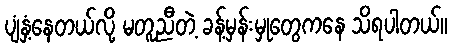
ပျံနှံ့နေတယ်လို့ မတူညီတဲ့ ခန့်မှန်းမှုတွေကနေ သိရပါတယ်။